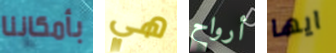
بأمكاننا هي أرواح ايها